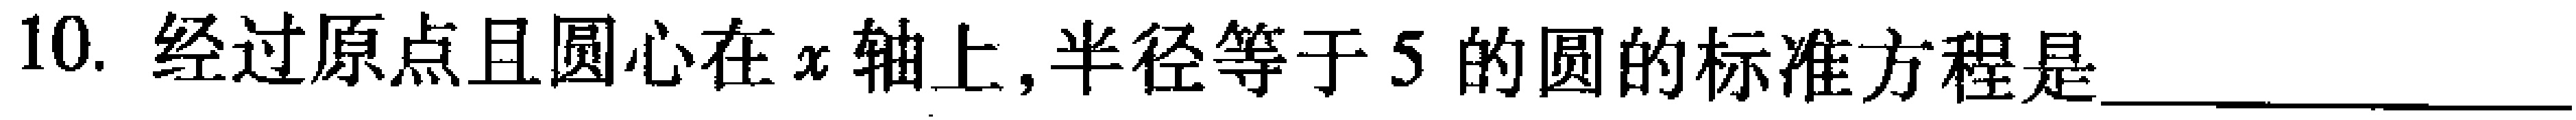
10. 经过原点且圆心在\(x\)轴上,半径等于\(5\)的圆的标准方程是____________________